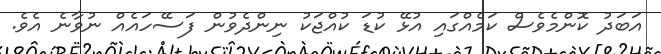
އަބަދު ކޮންމެވެސް ކަމެއްގައި އުޅޭ ކުޑަ ކުއްޖަކު ނިންދެވުން ފަސޭހައެއް ނުވާނެ އެވެ.